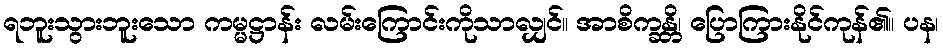
ရဘူးသွားဘူးသော ကမ္မဋ္ဌာန်း လမ်းကြောင်းကိုသာလျှင်။ အာစိက္ခန္တိ၊ ပြောကြားနိုင်ကုန်၏။ ပန၊